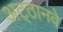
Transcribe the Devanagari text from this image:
अट्‍ठानवे